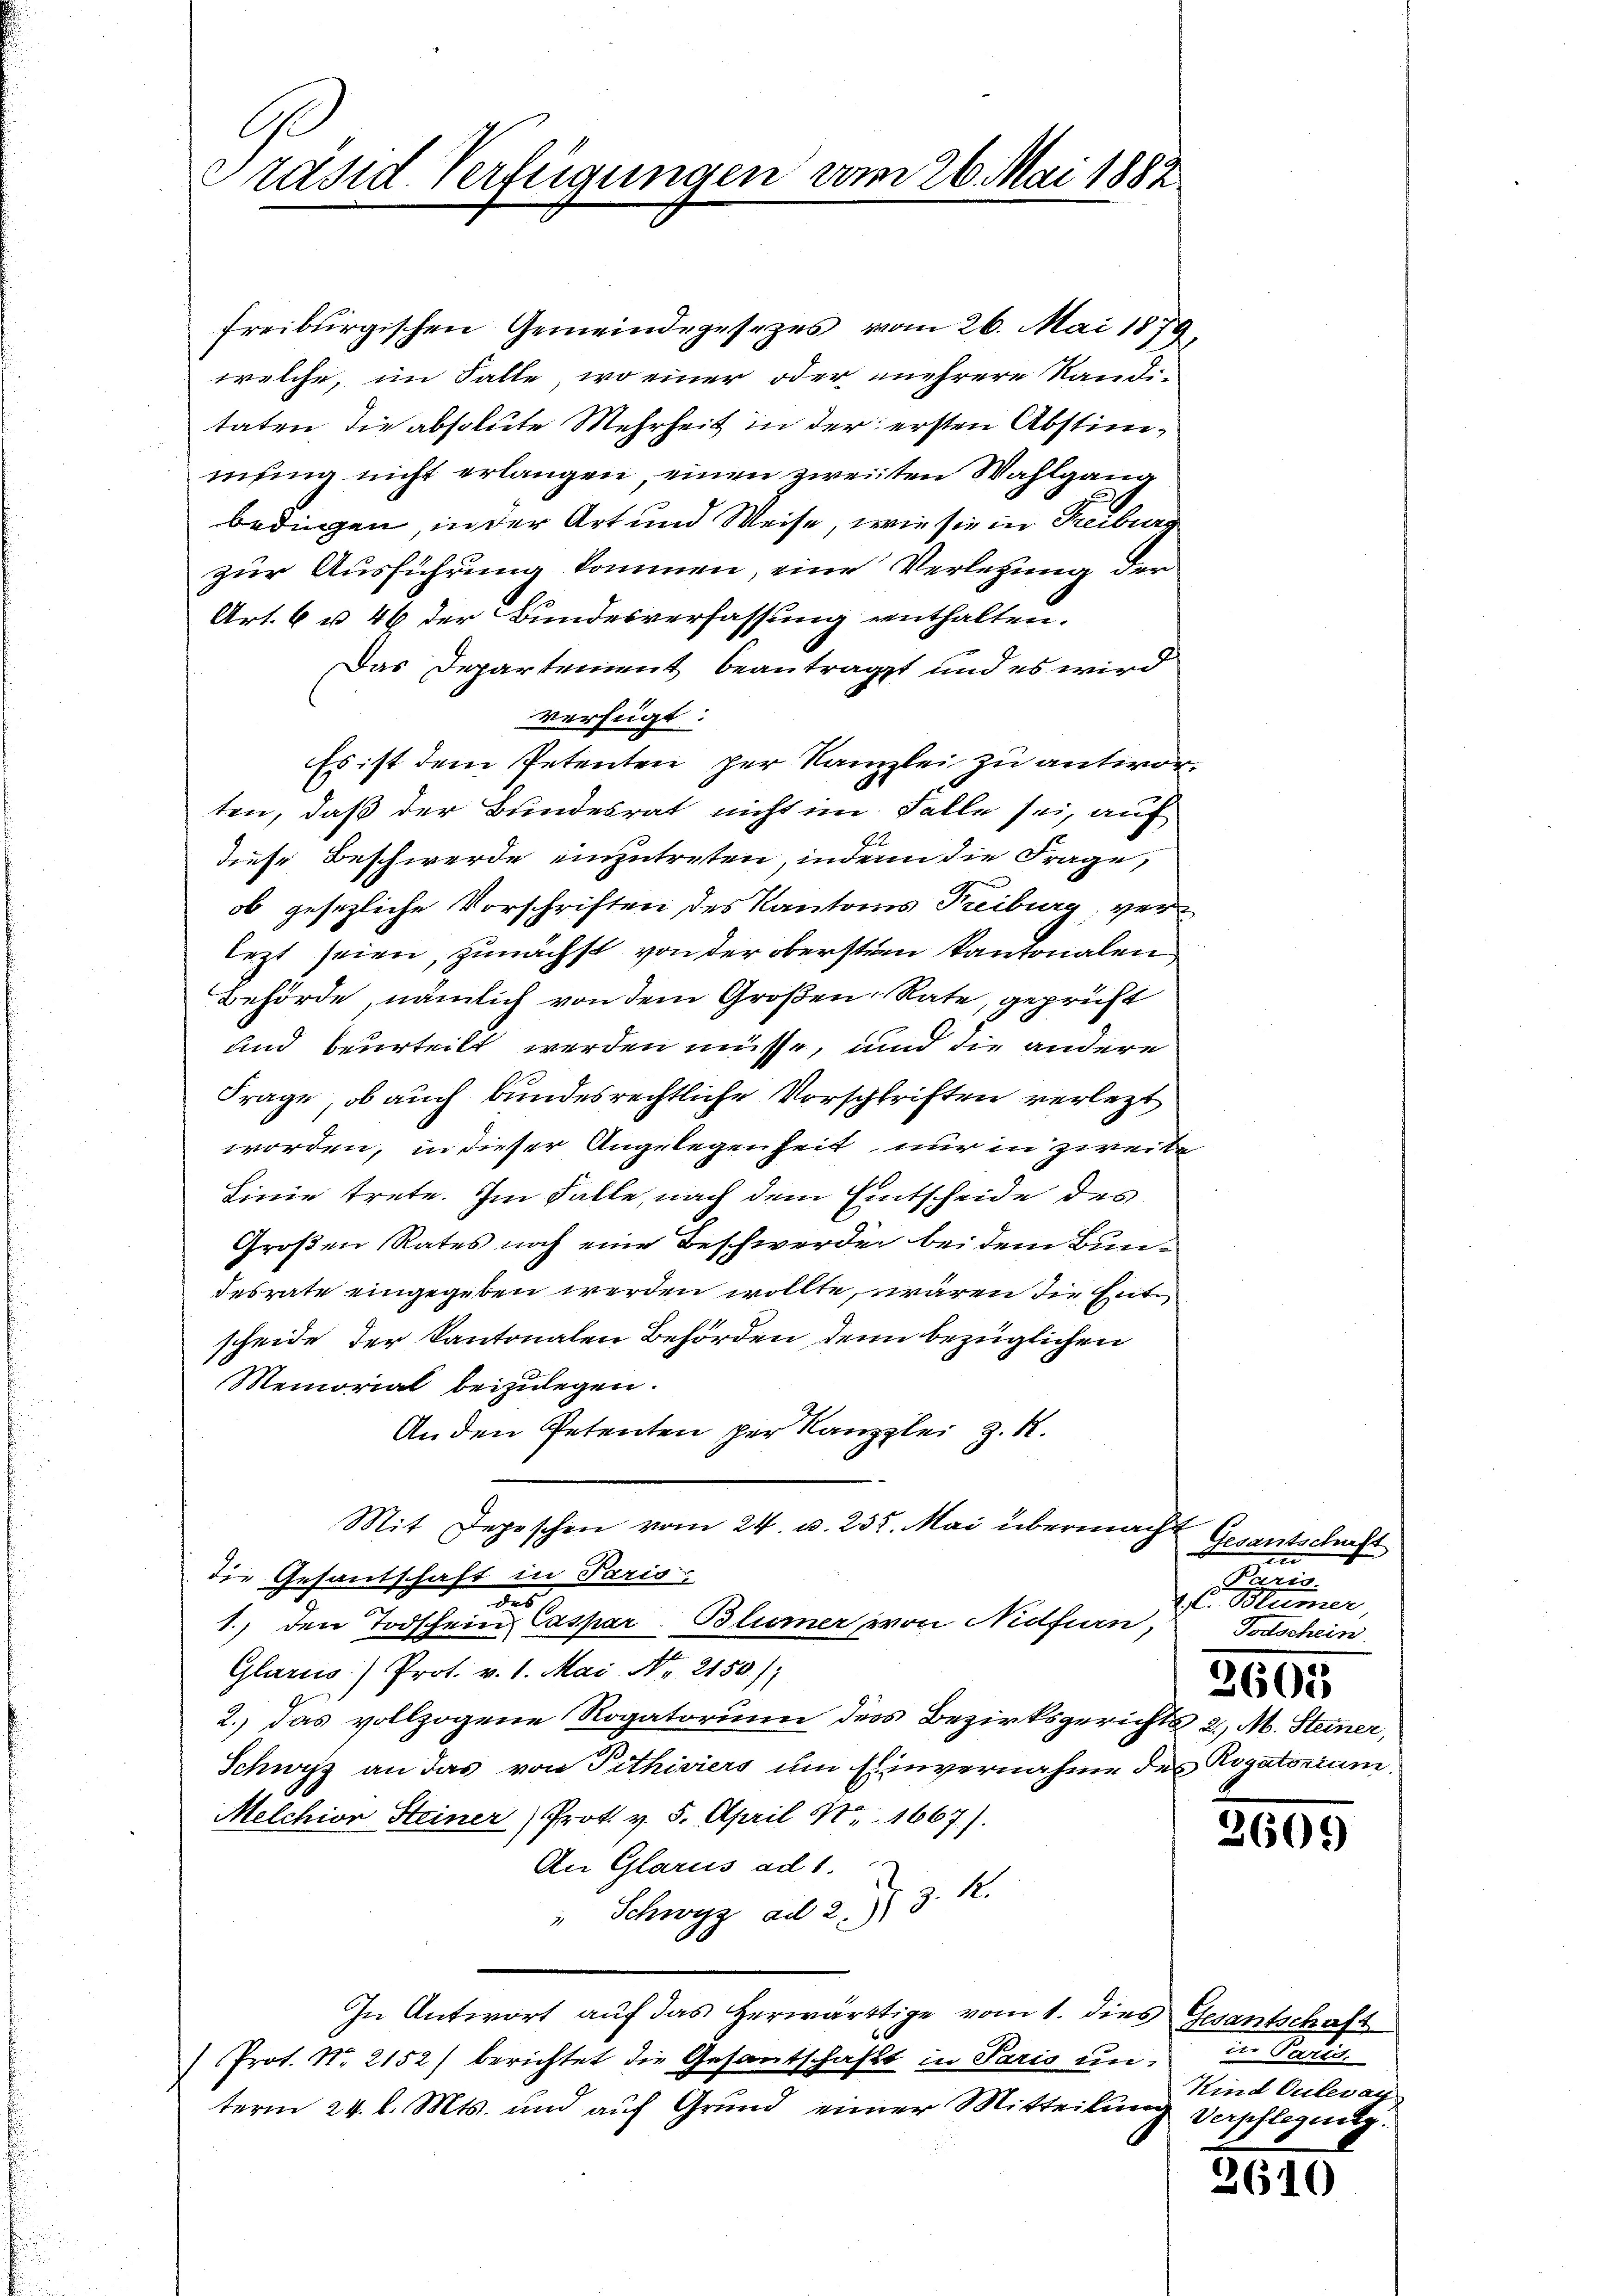
Ge
Präsid. Verfügungen vom 26. Mai 1882

freiburgischen Gemeindegesezes vom 26. Mai 1879,
welche, im Falle, wo einer oder mehrere Kandi-
taten, die absolute Mehrheit in der ersten Abstimmung nicht erlangen, einen zweiten Wahlgang
bedingen, in der Art und Weise, wie sie in Freiburg
zur Ausführung kommen, eine Verletzung der
Art. 6 u. 46 der Bundesverfassung enthalten.
Das Departement beantragt und es wird
verfügt:
Es ist dem Petenten per Kanzlei zu antworten, daß der Bundesrat nicht im Falle sei, auf
.6.
diese Beschwerde einzutreten, inden die Frage,
ob gesezliche Vorschriften des Kantons Treiburg, verlezt seien, zunächst von der oberstern kantonalen
Behörde, nämlich von dem Großen Rate, geprüft
und beurteilt werden müsse, und die andere
Frage, ob auch bundesrechtliche Vorschriften verlezt
worden, in dieser Angelegenheit nur in zweite
Linie trete. Im Falle, nach dem Eintscheide des
Großen Rates noch eine Beschwerde bei dem Bundesrate eingegeben werden wollte, wären die Zit
scheide der Kantonalen Behörden, denn bezüglichen
Memorial beizulegen.
An den Petenten per Kanzlei z. R.
Mit Depeschen vom 24. u. 235. Mai übermacht
die Gesantschaft in Paris
des
1.) den Todschein Caspar Bliomer von Nidfurn, Todschein
Glarus) Prot. v. 1. Mai. Nr. 2150);
2.) Das vollzogene Rogatorium der Bezirksgerichts 2, M. Steiner,
Schwyz an das von Pithisiers um Einvernahme des Rogatorium
Melchior Steiner Prot. v. 5. April N. 1667).
An Glarus ad 1.
z. 16.
" Schwyz ad 2.)
In Antwort auf das herwärtige vom 1. dies Gesantschaft
 Prof. No. 2152) berichtet die Gesantschafft in Paris un in Paris
term 24. l. Mts. und aŭf Grund einer Mitteilung Verpflegung.

Gesantschaft

Paris.
.C. Blümer,
2605

3609

Kind Culevan

2610